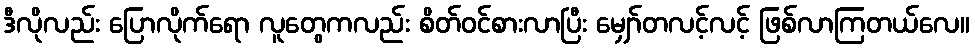
ဒီလိုလည်း ပြောလိုက်ရော လူတွေကလည်း စိတ်ဝင်စားလာပြီး မျှော်တလင့်လင့် ဖြစ်လာကြတယ်လေ။